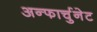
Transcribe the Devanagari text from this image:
अन्फार्चुनेट